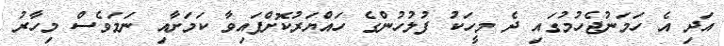
އަދި އެ ހަމަނުޖެހުމުގައި ދެ މީހަކު ފުލުހުންގެ ހައްޔަރުކޮށްފައިވާ ކަމަށާއި ނަމަވެސް މިހާރު